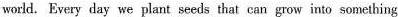
world. Every day we plant seeds that can grow in:o something